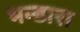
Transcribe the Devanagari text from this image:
भन्डारा